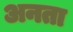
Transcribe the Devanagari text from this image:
अनता